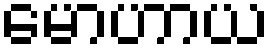
မောဟာယ